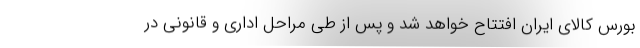
بورس کالای ایران افتتاح خواهد شد و پس از طی مراحل اداری و قانونی در